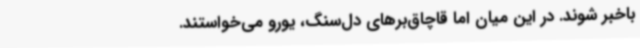
باخبر شوند. در این میان اما قاچاق‌برهای دل‌سنگ، یورو می‌خواستند.